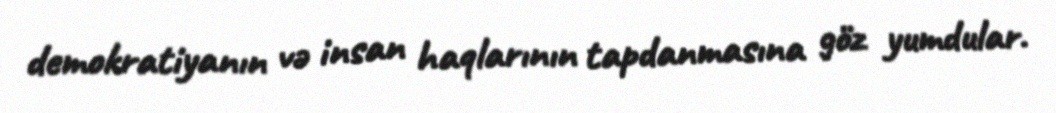
demokratiyanın və insan haqlarının tapdanmasına göz yumdular.